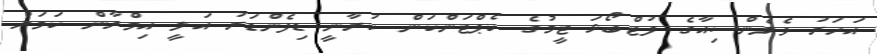
އަހަރު ވެލެންސިއާގެ ފުޓްބޯޅަ ޓީމުގެ ކެޕްޓަންކަން ކުރާނީ ޑިފެންޑަރު އަލީ އިމްރާން ކަމަށް